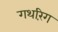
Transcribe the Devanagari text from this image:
गथरिंग